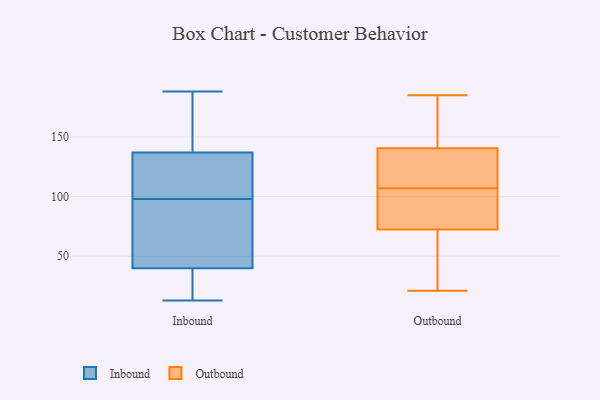
{"axis": {"x": "Tickets Resolved", "y": "Value"}, "legend": ["Inbound", "Outbound"], "data": [{"x": "", "y": 43, "type": "Inbound"}, {"x": "", "y": 13, "type": "Inbound"}, {"x": "", "y": 145, "type": "Inbound"}, {"x": "", "y": 132, "type": "Inbound"}, {"x": "", "y": 97, "type": "Inbound"}, {"x": "", "y": 16, "type": "Inbound"}, {"x": "", "y": 48, "type": "Inbound"}, {"x": "", "y": 37, "type": "Inbound"}, {"x": "", "y": 188, "type": "Inbound"}, {"x": "", "y": 120, "type": "Inbound"}, {"x": "", "y": 149, "type": "Inbound"}, {"x": "", "y": 136, "type": "Inbound"}, {"x": "", "y": 99, "type": "Inbound"}, {"x": "", "y": 13, "type": "Inbound"}, {"x": "", "y": 54, "type": "Inbound"}, {"x": "", "y": 138, "type": "Inbound"}, {"x": "", "y": 86, "type": "Outbound"}, {"x": "", "y": 92, "type": "Outbound"}, {"x": "", "y": 31, "type": "Outbound"}, {"x": "", "y": 143, "type": "Outbound"}, {"x": "", "y": 169, "type": "Outbound"}, {"x": "", "y": 59, "type": "Outbound"}, {"x": "", "y": 128, "type": "Outbound"}, {"x": "", "y": 185, "type": "Outbound"}, {"x": "", "y": 172, "type": "Outbound"}, {"x": "", "y": 125, "type": "Outbound"}, {"x": "", "y": 21, "type": "Outbound"}, {"x": "", "y": 21, "type": "Outbound"}, {"x": "", "y": 138, "type": "Outbound"}, {"x": "", "y": 152, "type": "Outbound"}, {"x": "", "y": 132, "type": "Outbound"}, {"x": "", "y": 30, "type": "Outbound"}, {"x": "", "y": 111, "type": "Outbound"}, {"x": "", "y": 102, "type": "Outbound"}, {"x": "", "y": 87, "type": "Outbound"}, {"x": "", "y": 103, "type": "Outbound"}]}